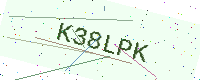
Text: K38LPK